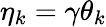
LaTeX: \eta_{k}=\gamma\theta_{k}